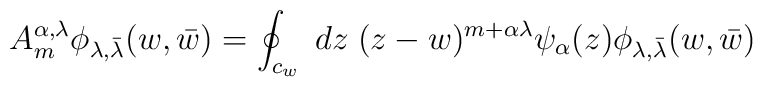
A_m ^{\alpha,\lambda}\phi _{\lambda, \bar{\lambda}}(w,\bar{w})=\oint _{c_w}\;dz\;(z-w)^{m+\alpha\lambda}\psi _{\alpha}(z)\phi _{\lambda, \bar{\lambda}}(w,\bar{w})